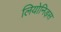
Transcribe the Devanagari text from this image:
लियोनिड़स